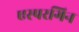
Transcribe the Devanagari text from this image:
एस्परगिन